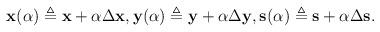
LaTeX: \begin{align*}\begin{aligned}&\mathbf{x}(\alpha) \triangleq \mathbf{x} + \alpha \Delta \mathbf{x},\mathbf{y}(\alpha) \triangleq \mathbf{y} + \alpha \Delta \mathbf{y},\mathbf{s}(\alpha) \triangleq \mathbf{s} + \alpha \Delta \mathbf{s}.\end{aligned}\end{align*}